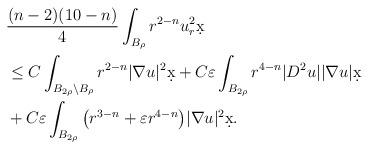
LaTeX: \begin{align*}&\frac{(n-2)(10-n)}{4} \int_{B_{\rho}} r^{2-n} u_r^2 \d x\\& \leq C \int_{B_{2\rho} \setminus B_{\rho}} r^{2-n} |\nabla u|^2 \d x +C \varepsilon \int_{B_{2\rho}} r^{4-n} |D^2 u| |\nabla u| \d x \\& + C \varepsilon \int_{B_{2\rho}} \big( r^{3-n} + \varepsilon r^{4-n}\big) |\nabla u|^2 \d x.\end{align*}